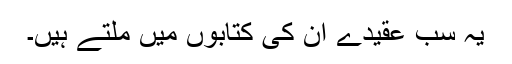
یہ سب عقیدے ان کی کتابوں میں ملتے ہیں۔